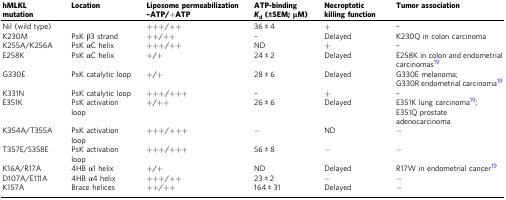
<table><thead><tr><td><b>hMLKL mutation</b></td><td><b>Location</b></td><td><b>Liposome permeabilization–ATP/+ATP</b></td><td><b>ATP-binding<i>K</i><sub>d</sub> (±SEM; μM)</b></td><td><b>Necroptotic killing function</b></td><td><b>Tumor association</b></td></tr></thead><tbody><tr><td>Nil (wild type)</td><td></td><td>+++/++</td><td>36 ± 4</td><td>+</td><td>–</td></tr><tr><td>K230M</td><td>PsK β3 strand</td><td>++/++</td><td>–</td><td>Delayed</td><td>K230Q in colon carcinoma</td></tr><tr><td>K255A/K256A</td><td>PsK αC helix</td><td>+++/++</td><td>ND</td><td>+</td><td>–</td></tr><tr><td>E258K</td><td>PsK αC helix</td><td>+/+</td><td>24 ± 2</td><td>Delayed</td><td>E258K in colon and endometrial carcinomas<sup>19</sup></td></tr><tr><td>G330E</td><td>PsK catalytic loop</td><td>+/+</td><td>28 ± 6</td><td>Delayed</td><td>G330E melanoma;G330R endometrial carcinoma<sup>19</sup></td></tr><tr><td>K331N</td><td>PsK catalytic loop</td><td>+++/+++</td><td>–</td><td>+</td><td>–</td></tr><tr><td>E351K</td><td>PsK activation loop</td><td>+/++</td><td>26 ± 6</td><td>Delayed</td><td>E351K lung carcinoma<sup>19</sup>;E351Q prostate adenocarcinoma</td></tr><tr><td>K354A/T355A</td><td>PsK activation loop</td><td>+++/+++</td><td>−</td><td>ND</td><td>−</td></tr><tr><td>T357E/S358E</td><td>PsK activation loop</td><td>+++/+++</td><td>56 ± 8</td><td>−</td><td>−</td></tr><tr><td>K16A/R17A</td><td>4HB α1 helix</td><td>+/+</td><td>ND</td><td>Delayed</td><td>R17W in endometrial cancer<sup>19</sup></td></tr><tr><td>D107A/E111A</td><td>4HB α4 helix</td><td>+++/++</td><td>23 ± 2</td><td>−</td><td>−</td></tr><tr><td>K157A</td><td>Brace helices</td><td>++/++</td><td>164 ± 31</td><td>Delayed</td><td>−</td></tr></tbody></table>